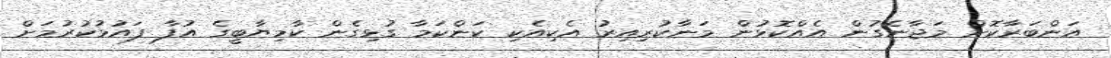
އަންބަރާކޮށް މަޖާނެގުން އެއްކޮޅުން މަނާކުރިއިރު އެކިއެކި ކަންކަމާ ގުޅިގެން ކާމިޔާބީގެ އުފާ ފައުޅުކުރުމަށް